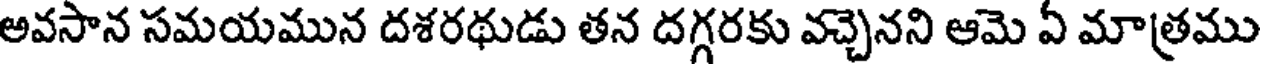
అవసాన సమయమున దశరథుడు తన దగ్గరకు వచ్చెనని ఆమె ఏ మాత్రము